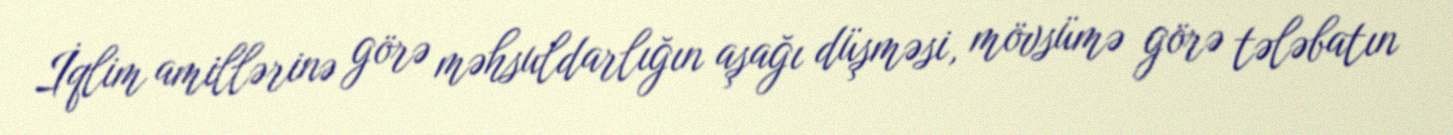
İqlim amillərinə görə məhsuldarlığın aşağı düşməsi, mövsümə görə tələbatın